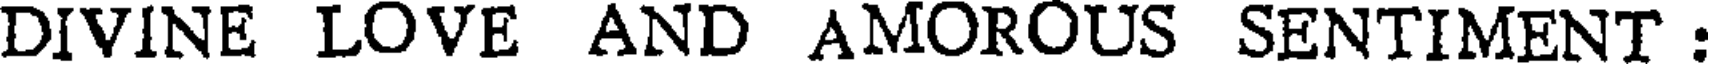
DIVINE LOVE AND AMOROUS SENTIMENT :